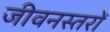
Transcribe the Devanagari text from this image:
जीवनस्तरों